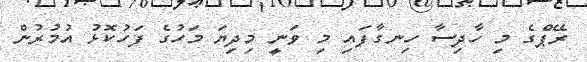
ރޭޕްގެ މި ހާދިސާ ހިނގާފައި މި ވަނީ މިދިޔަ މަހުގެ ފަހުކޮޅު އުމުރުން